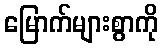
မြောက်များစွာကို